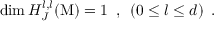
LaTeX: \dim { H _ { J } ^ { l , l } } ( { \mathrm { M } } ) = 1 \, \, \, , \, \, \, ( { 0 \leq l \leq d } ) \, \, \, .